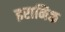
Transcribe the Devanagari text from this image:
इरानिक